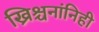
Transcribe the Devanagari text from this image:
ख्रिश्चनांनिही